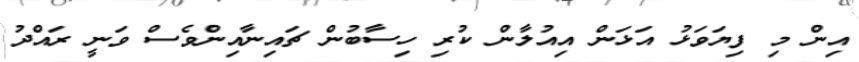
އިން މި ފިޔަވަޅު އަޅަން އިއުލާން ކުރި ހިސާބުން ޗައިނާއިންވެސް ވަނީ ރައްދު